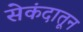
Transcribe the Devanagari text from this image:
सेकंदातून